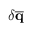
\delta \mathbf { \overline { { { q } } } }